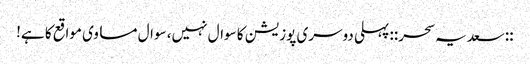
::سعدیہ سحر:: پہلی دوسری پوزیشن کا سوال نہیں، سوال مساوی مواقع کا ہے!